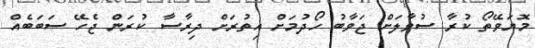
މޮޔަވޭތޯ ކުރާ ސުވާލަށް ޖަވާބު ހޯދުމަށް އިތުރަށް ދިރާސާ ކުރަން ޖެހޭ ސަބަބެއް